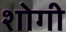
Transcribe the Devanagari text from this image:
शोगी